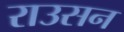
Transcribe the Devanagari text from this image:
राउसन